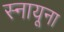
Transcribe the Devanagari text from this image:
स्नायूना